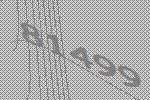
81499